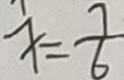
x = \frac { 7 } { 6 }